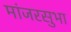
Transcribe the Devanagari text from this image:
मांजरसुभा